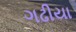
ગઢીયા